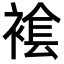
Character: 𧛛